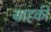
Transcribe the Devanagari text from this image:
ग्राहकी